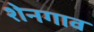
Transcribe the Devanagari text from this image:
शेनगाव